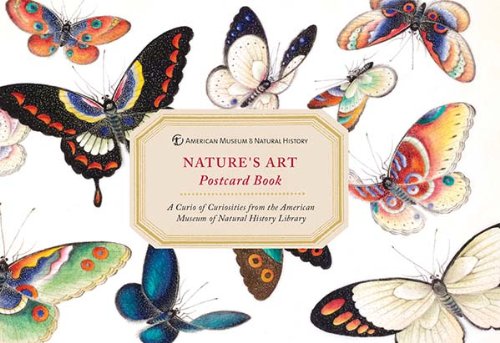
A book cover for AMNH Nature's Art Postcard Book; Galison; Humor & Entertainment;